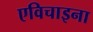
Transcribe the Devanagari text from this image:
एविचाइना